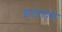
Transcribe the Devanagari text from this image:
डाटालोर